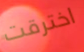
اخترقت